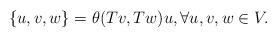
LaTeX: \begin{align*} \{u,v,w\}=\theta(Tv,Tw)u,\forall u,v,w \in V.\end{align*}